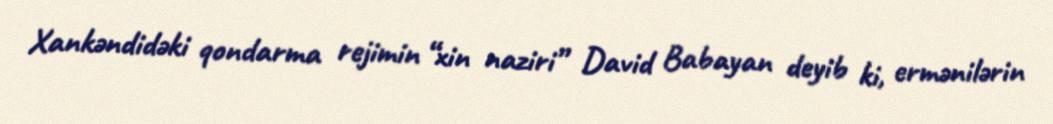
Xankəndidəki qondarma rejimin “xin naziri” David Babayan deyib ki, ermənilərin